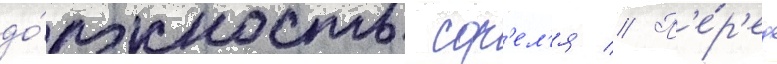
до́лжность сор'ел'я // П'е́р'ед